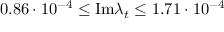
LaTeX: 0 . 8 6 \cdot 1 0 ^ { - 4 } \le \mathrm { I m } \lambda _ { t } \le 1 . 7 1 \cdot 1 0 ^ { - 4 }